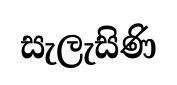
සැලැසිණි